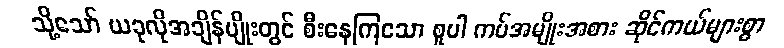
သို့သော် ယခုလိုအချိန်မျိုးတွင် စီးနေကြသော စူပါ ကပ်အမျိုးအစား ဆိုင်ကယ်များစွာ